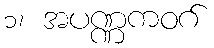
၁၊ အပဏ္ဏကဝဂ်